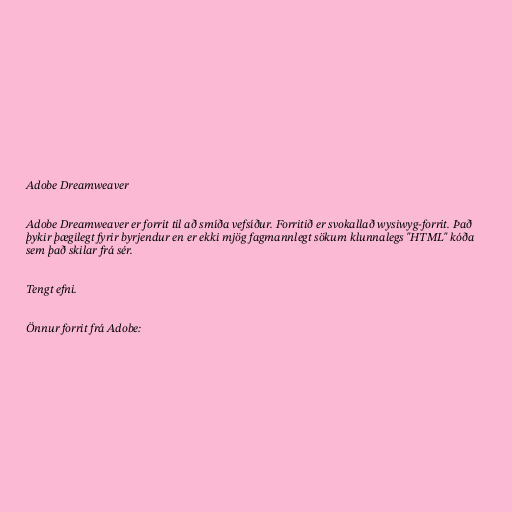
Adobe Dreamweaver

Adobe Dreamweaver er forrit til að smíða vefsíður. Forritið er svokallað wysiwyg-forrit. Það
þykir þægilegt fyrir byrjendur en er ekki mjög fagmannlegt sökum klunnalegs "HTML" kóða
sem það skilar frá sér.

Tengt efni.

Önnur forrit frá Adobe: